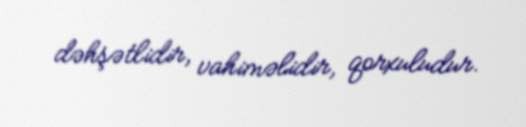
dəhşətlidir, vahiməlidir, qorxuludur.